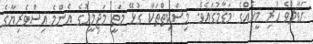
ހަވާލުވެ ހުރި މީހެއްގެ މަޤާމުގައެވެ. މިސްކިތްތަކާ ގުޅޭ މަތީ މަޖިލީހުގެ އެންމެ އިސްވެރިޔާގެ